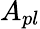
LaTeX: A_{pl}